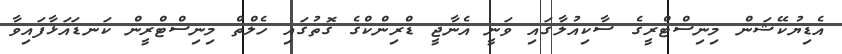
އެޑިޔުކޭޝަން މިނިސްޓްރީގެ ސާކިއުލާގައި ވަނީ އެނާޖީ ޑްރިންކްގެ ގޮތުގައި ހެލްތް މިނިސްޓްރީން ކަނޑައަޅާފައިވާ